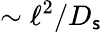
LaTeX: \sim\ell^{2}/D_{\mathsf{s}}